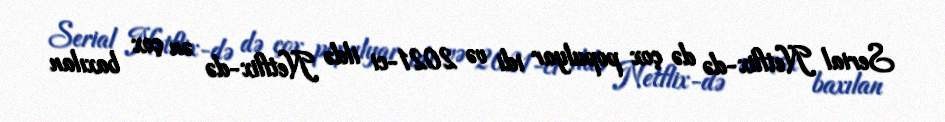
Serial Netflix-də də çox populyar idi və 2021-ci ildə Netflix-də ən çox baxılan